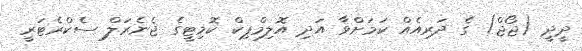
ދީދީ (ޖޯޖް) ގެ ދަރިއެއް ކަމަށްވާ އަދި އޮލިމްޕިކް ކޮމިޓީގެ ޖެނެރަލް ސެކްރެޓަރީ